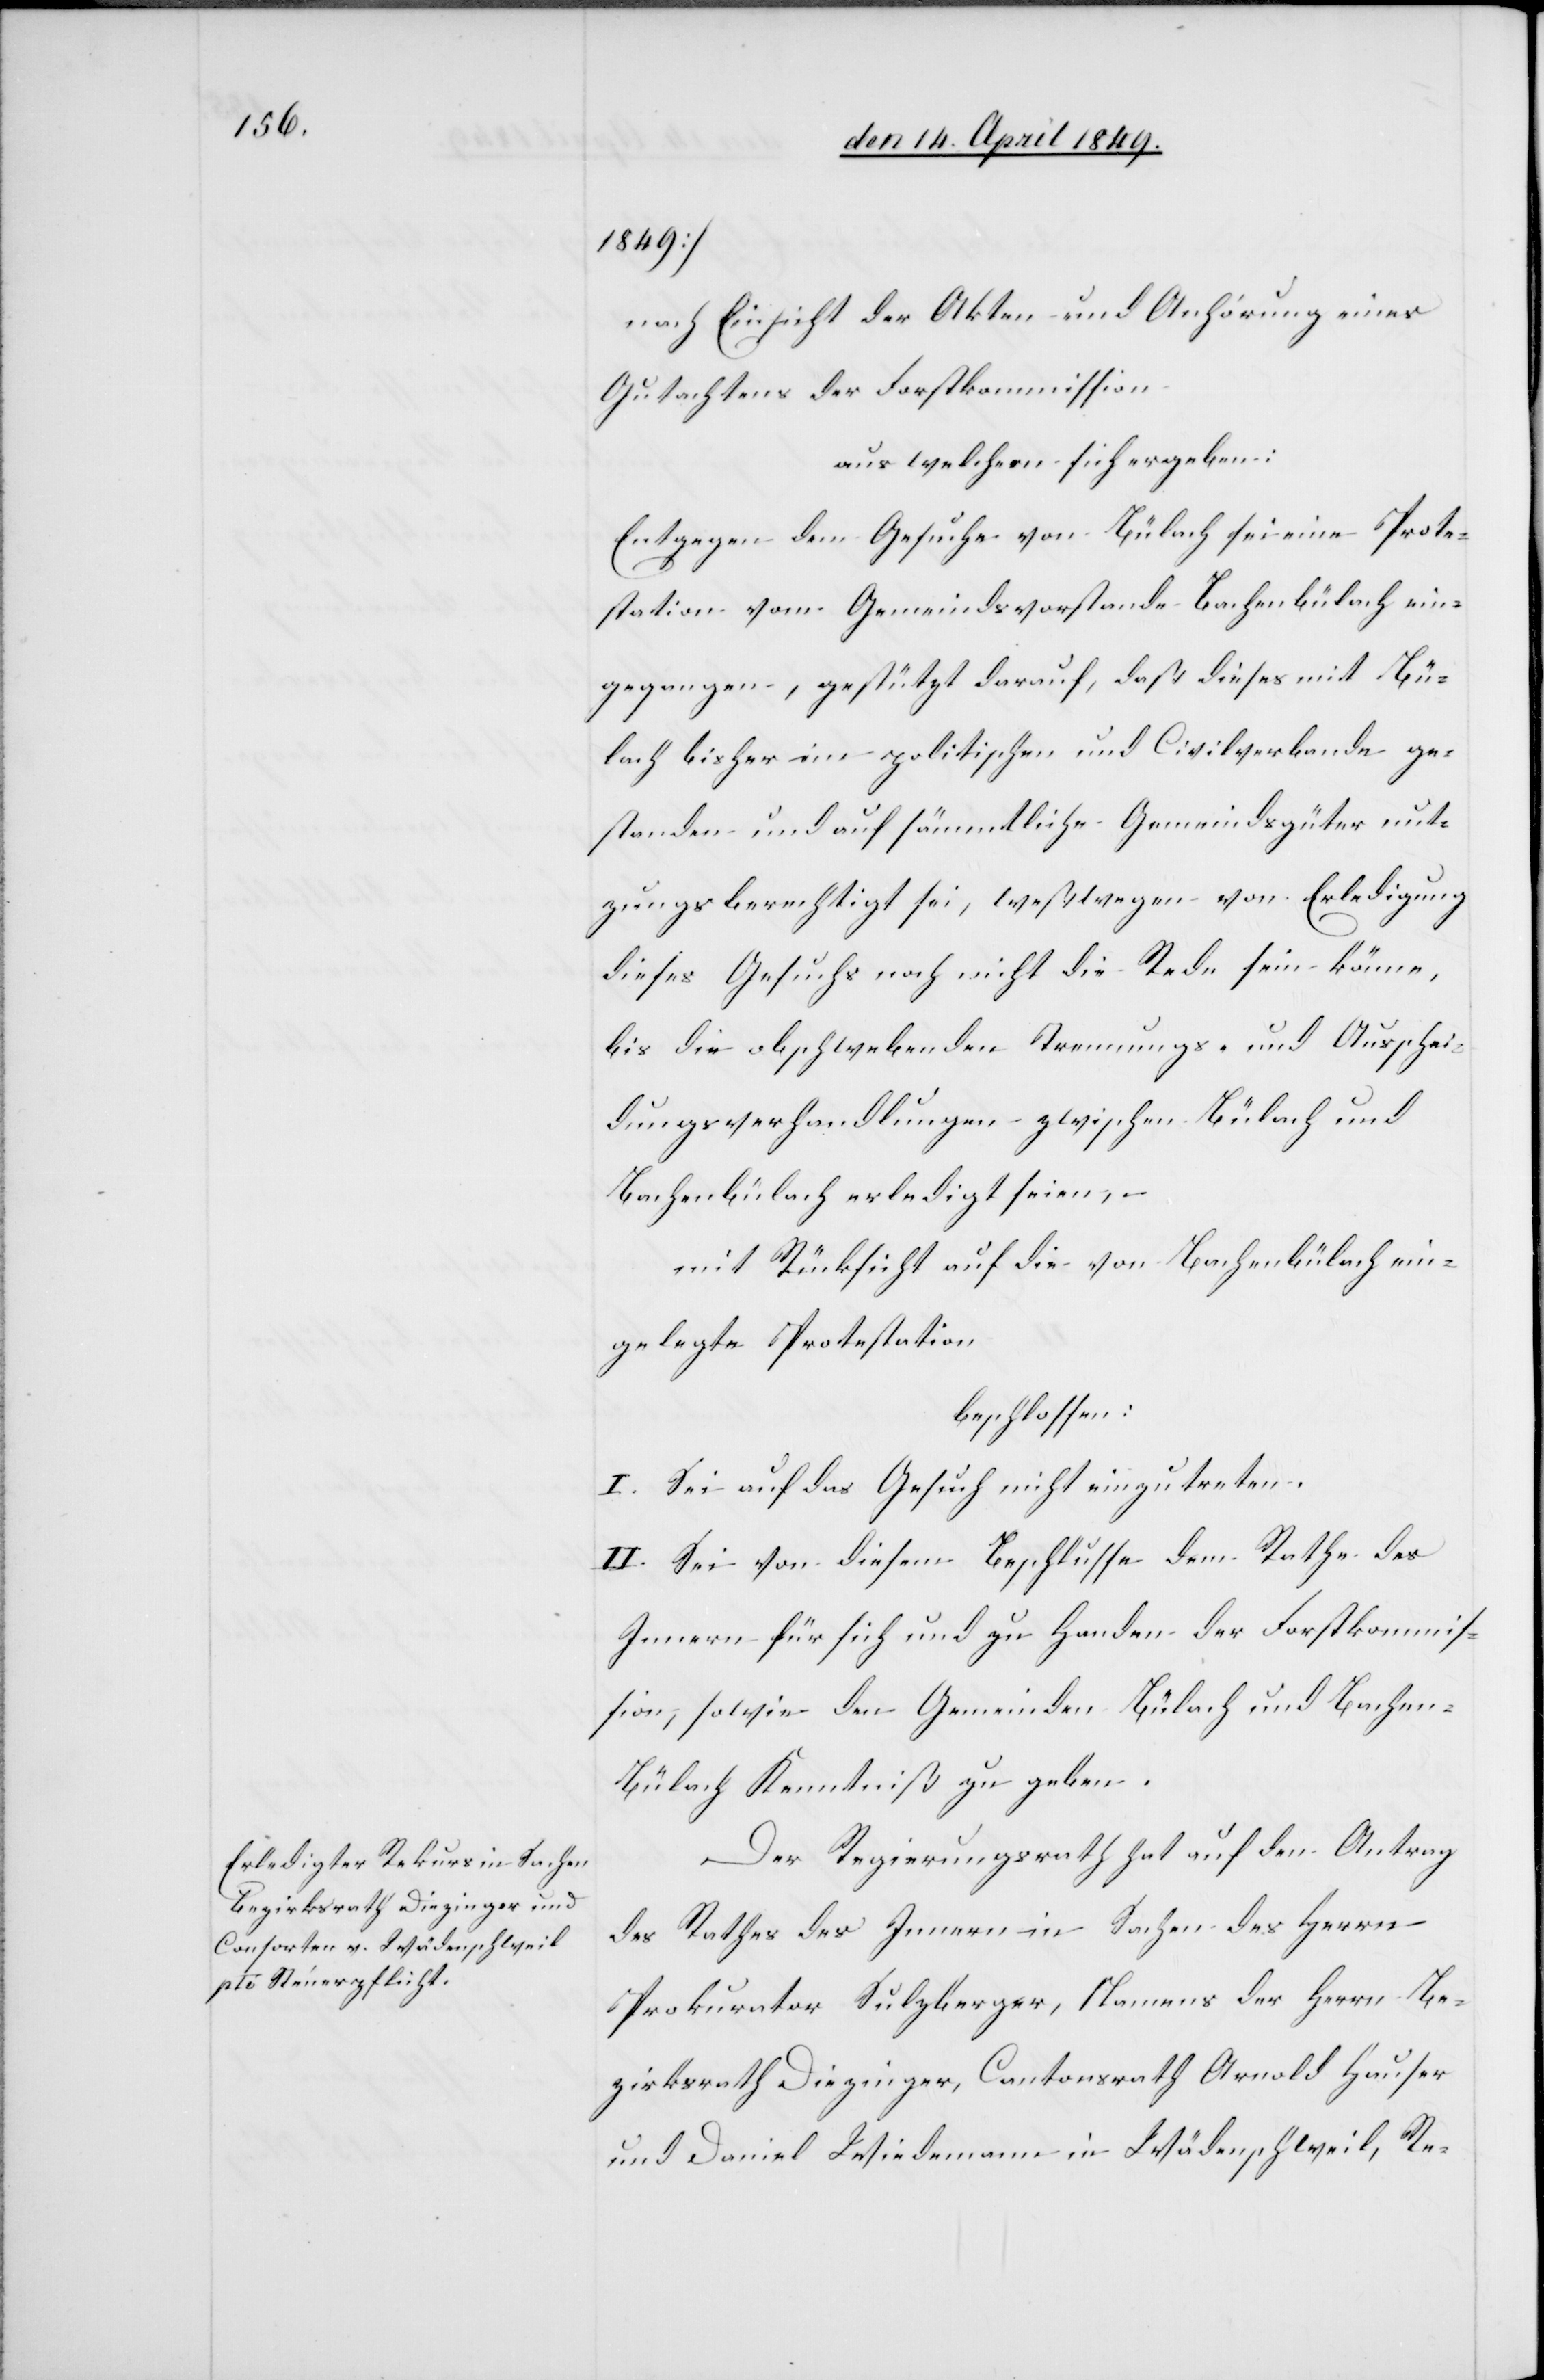
1849]
nach Einsicht der Akten und Anhörung eines
Gutachtens der Forstkommission
aus welchem sich ergeben:
Entgegen dem Gesuche von Bülach sei eine Prote¬
station vom Gemeindsvorstande Bachenbülach ein¬
gegangen, gestützt darauf, daß dieses mit Bü¬
lach bisher im politischen und Civilverbande ge¬
standen und auf sämmtliche Gemeindsgüter nut¬
zungsberechtigt sei, weßwegen von Erledigung
dieses Gesuchs noch nicht die Rede sein könne,
bis die obschwebenden Trennungs- und Ausschei¬
dungsverhandlungen zwischen Bülach und
Bachenbülach erledigt seien;
mit Rücksicht auf die von Bachenbülach ein¬
gelegte Protestation
beschlossen:
I. Sei auf das Gesuch nicht einzutreten.
II. Sei von diesem Beschlusse dem Rathe des
Innern für sich und zu Handen der Forstkommis¬
sion, sowie den Gemeinden Bülach und Bachen¬
bülach Kenntniß zu geben.
Der Regierungsrath hat auf den Antrag
des Rathes des Innern in Sachen des Herrn
Prokurator Sulzberger, Namens der Herrn Be¬
zirksrath Diezinger, Cantonsrath Arnold Hauser
und Daniel Wiedemann in Wädenschweil, Re-